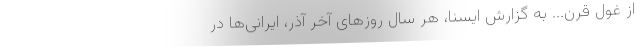
از غولِ قرن... به گزارش ایسنا، هر سال روزهای آخر آذر، ایرانی‌ها در